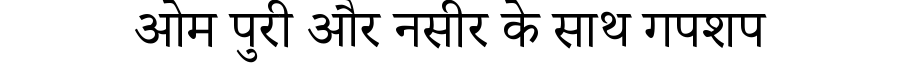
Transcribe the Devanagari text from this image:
ओम पुरी और नसीर के साथ गपशप